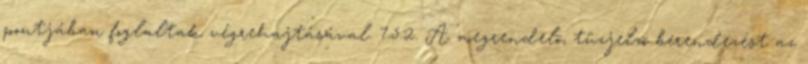
pontjában foglaltak végrehajtásával. 7.5.2. A megrendelõ, tûzjelzõ berendezést az